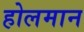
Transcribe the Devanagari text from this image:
होलमान